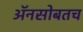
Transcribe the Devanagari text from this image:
अॅनसोबतच